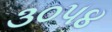
૩૦૫૪